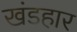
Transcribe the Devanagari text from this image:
खंडहार